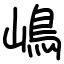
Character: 嶋